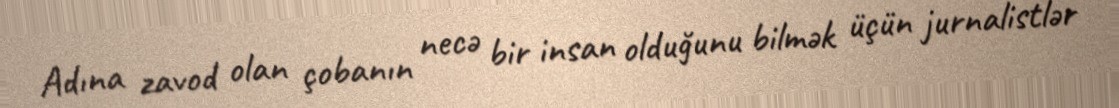
Adına zavod olan çobanın necə bir insan olduğunu bilmək üçün jurnalistlər